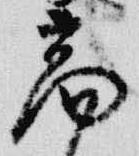
商